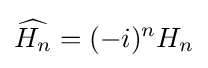
{\widehat {H_{n}}}=(-i)^{n}H_{n}